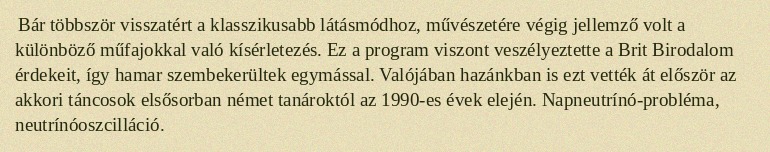
Bár többször visszatért a klasszikusabb látásmódhoz, művészetére végig jellemző volt a különböző műfajokkal való kísérletezés. Ez a program viszont veszélyeztette a Brit Birodalom érdekeit, így hamar szembekerültek egymással. Valójában hazánkban is ezt vették át először az akkori táncosok elsősorban német tanároktól az 1990-es évek elején. Napneutrínó-probléma, neutrínóoszcilláció.